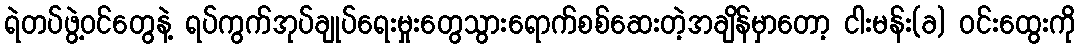
ရဲတပ်ဖွဲ့ဝင်တွေနဲ့ ရပ်ကွက်အုပ်ချုပ်ရေးမှုးတွေသွားရောက်စစ်ဆေးတဲ့အချိန်မှာတော့ ငါးမန်း(ခ) ဝင်းထွေးကို